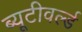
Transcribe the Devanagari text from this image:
ब्यूटीवर्ल्ड